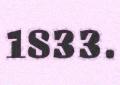
1833.